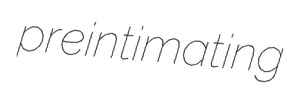
preintimating